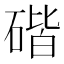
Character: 䃈